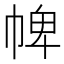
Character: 𢃍